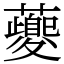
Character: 𧃰